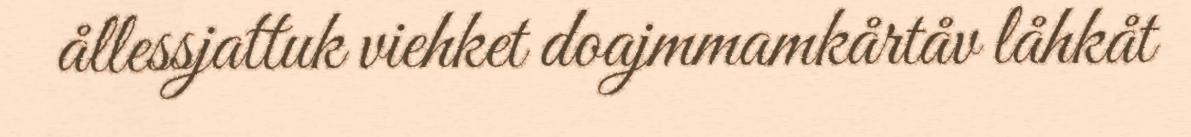
ållessjattuk viehket doajmmamkårtåv låhkåt